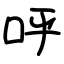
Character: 呼